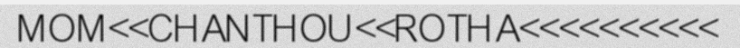
MOM<<CHANTHOU<<ROTHA<<<<<<<<<<